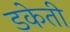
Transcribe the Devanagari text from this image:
डकेती